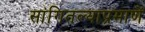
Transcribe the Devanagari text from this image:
सांगितल्याप्रमाणें